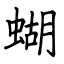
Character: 蝴